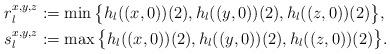
LaTeX: \begin{align*}&r_{l}^{x,y,z}:=\min\big\{h_{l}((x,0))(2),h_{l}((y,0))(2),h_{l}((z,0))(2)\big\},\\&s_{l}^{x,y,z}:=\max\big\{h_{l}((x,0))(2),h_{l}((y,0))(2),h_{l}((z,0))(2)\big\}.\end{align*}